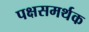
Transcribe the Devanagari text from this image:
पक्षसमर्थक